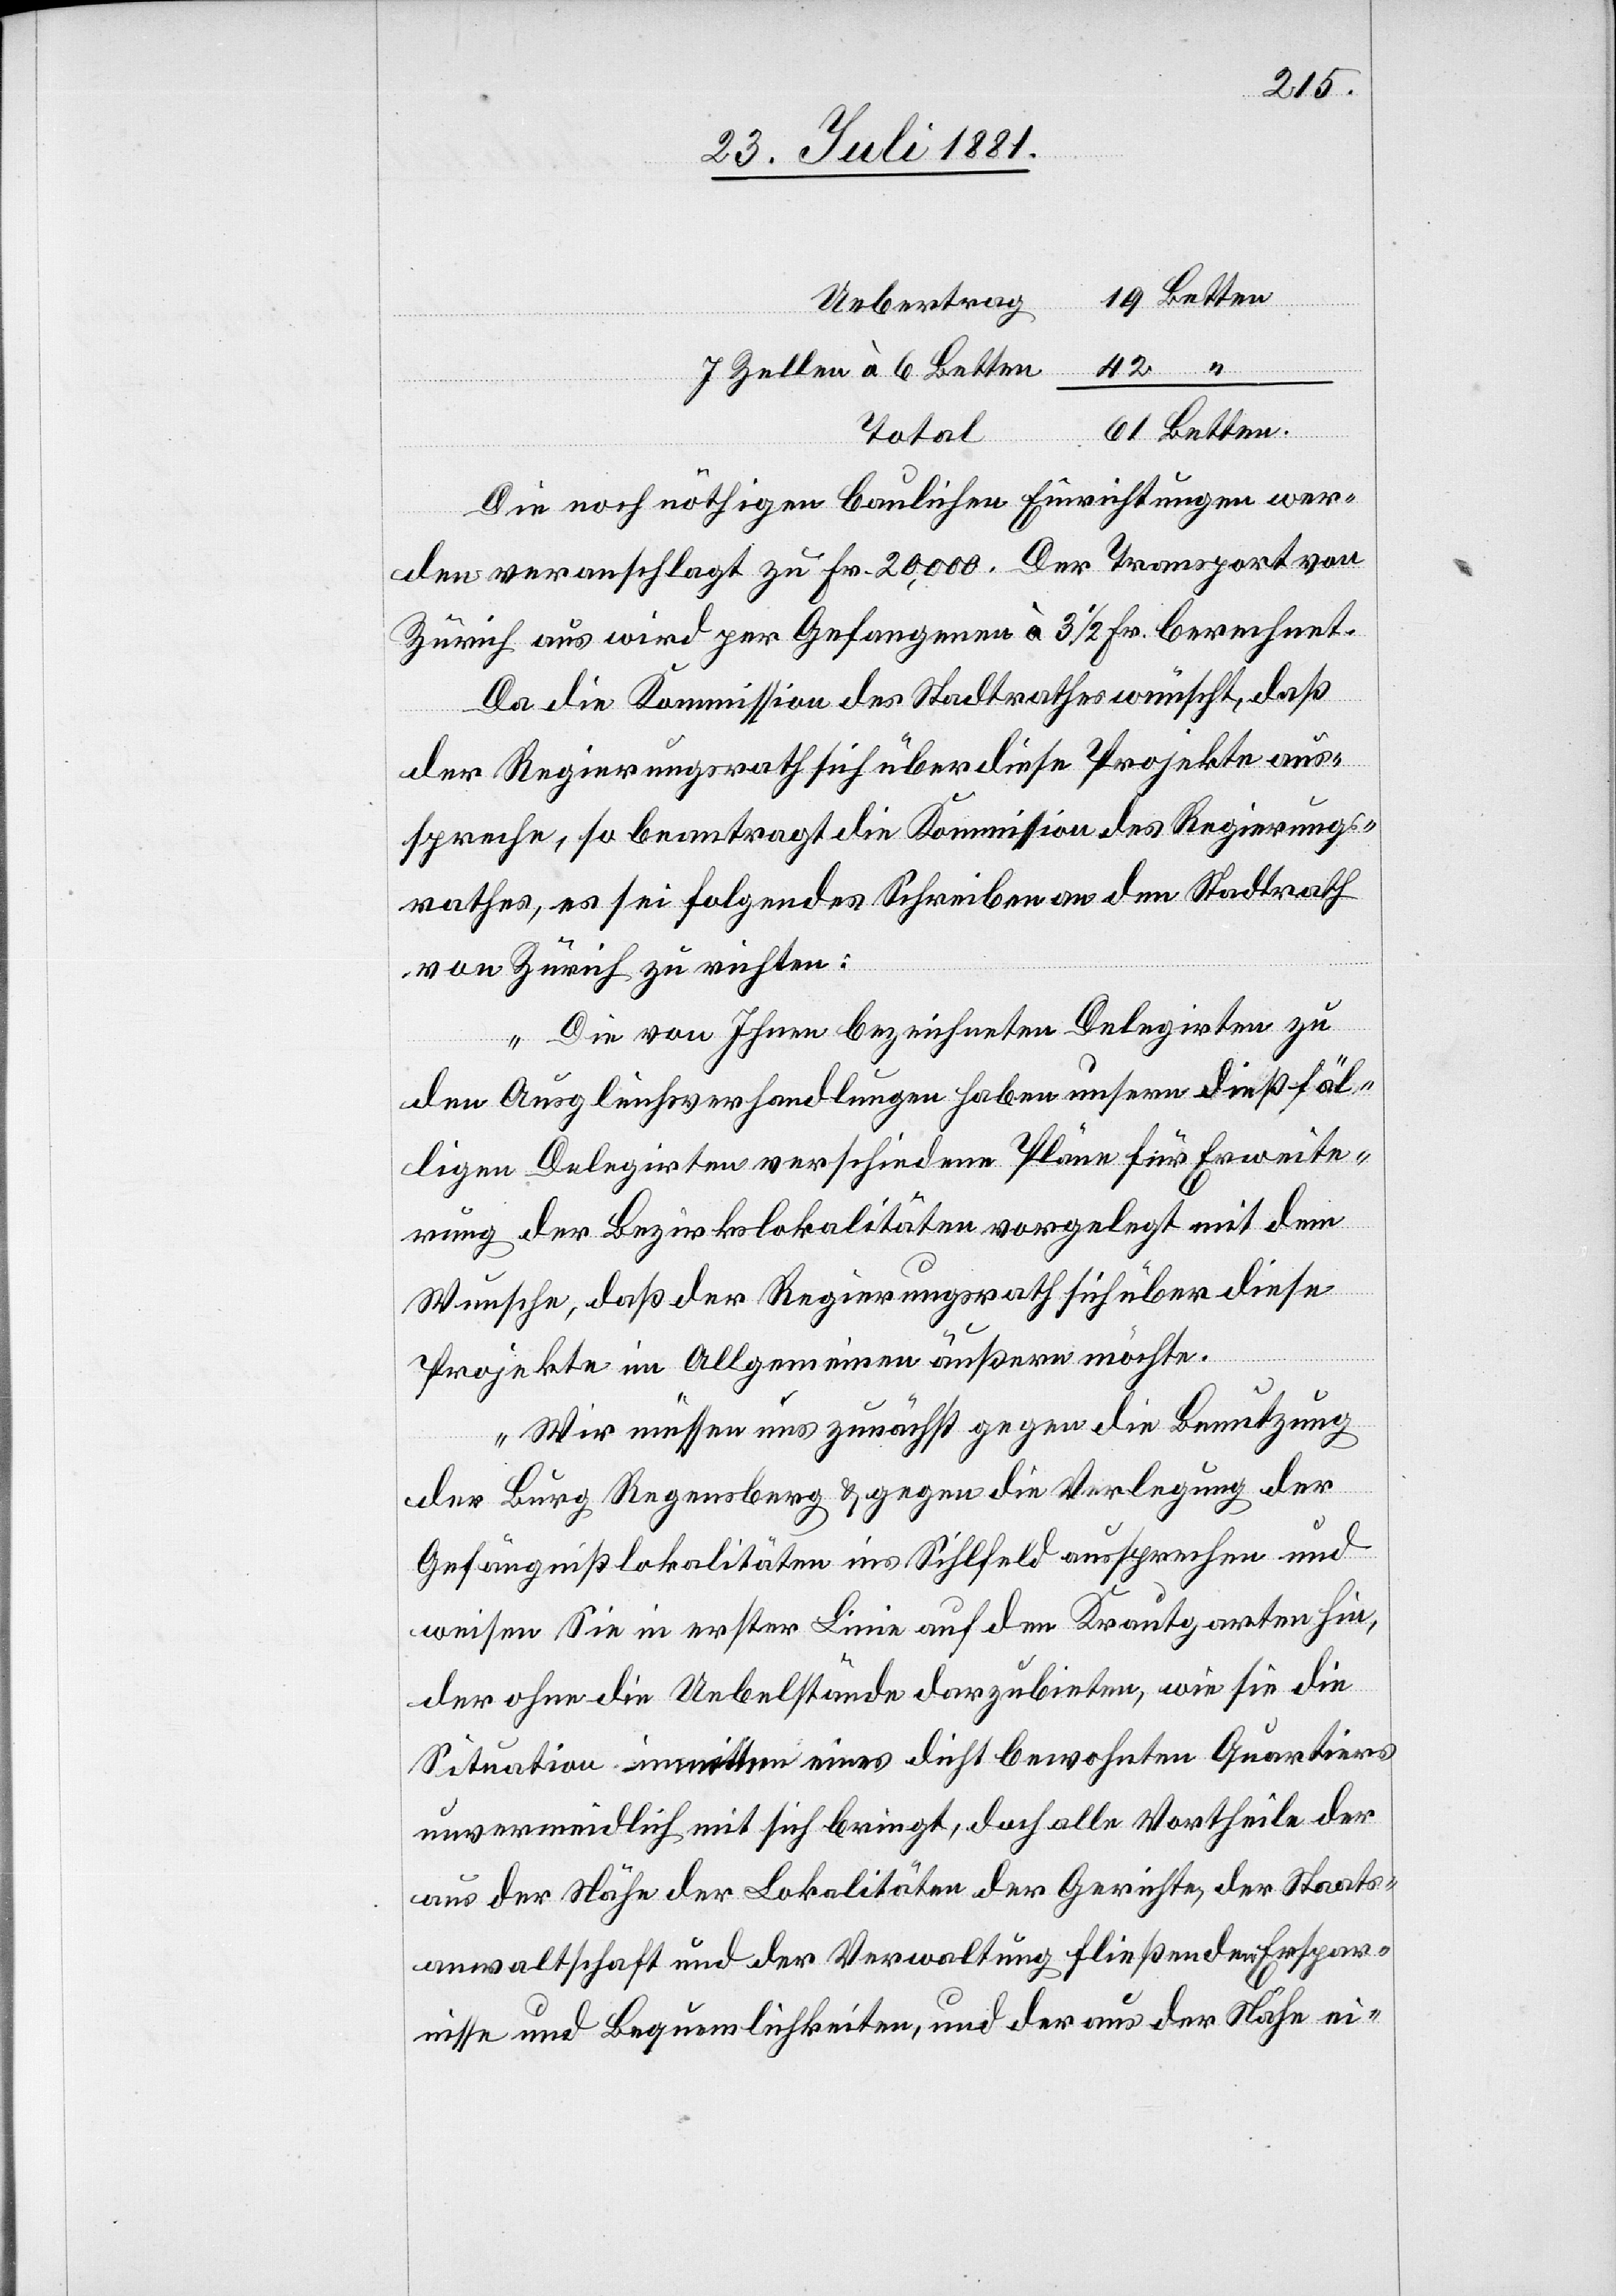
Betten
Uebertrag
7 Zellen à 6 Betten
Total
Die noch nöthigen baulichen Einrichtungen wer¬
den veranschlagt zu Fr. 20,000. Der Transport von
Zürich aus wird per Gefangenen à 3 1/2 Fr. berechnet.
Da die Kommission des Stadtrathes wünscht, daß
der Regierungsrath sich über diese Projekte aus¬
spreche, so beantragt die Kommission des Regierungs¬
rathes, es sei folgendes Schreiben an den Stadtrath
von Zürich zu richten:
„Die von Ihnen bezeichneten Delegirten zu
den Ausgleichsverhandlungen haben unsern dießfäl¬
ligen Delegirten verschiedene Pläne für Erweite¬
rung der Bezirkslokalitäten vorgelegt mit dem
Wunsche, daß der Regierungsrath sich über diese
Projekte im Allgemeinen äußern möchte.
Wir müssen uns zunächst gegen die Benutzung
42
der Burg Regensberg & gegen die Verlegung der
Gefängnißlokalitäten ins Sihlfeld aussprechen und
weisen Sie in erster Linie auf den Krautgarten hin,
der ohne die Uebelstände darzubieten, wie sie die
Situation inmitten eines dicht bewohnten Quartiers
unvermeidlich mit sich bringt, doch alle Vortheile der
aus der Nähe der Lokalitäten der Gerichte, der Staats¬
anwaltschaft und der Verwaltung fließenden Erspar¬
nisse und Bequemlichkeiten, und der aus der Nähe ei-